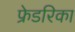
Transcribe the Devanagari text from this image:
फ्रेडरिका